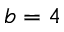
b = 4